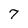
Character: 7